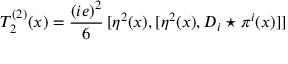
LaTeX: T _ { 2 } ^ { ( 2 ) } ( x ) = \frac { ( i e ) ^ { 2 } } { 6 } \, [ \eta ^ { 2 } ( x ) , [ \eta ^ { 2 } ( x ) , D _ { i } \star \pi ^ { i } ( x ) ] ]